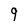
Character: q